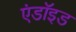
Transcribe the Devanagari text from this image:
एंडॉइड